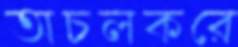
অচলকরে